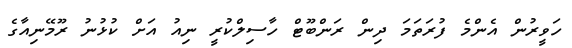
ހަވީރުން އެންމެ ފުރަތަމަ ދިން ރަންބޫޓް ހާސިލްކުރީ ނިއު އަށް ކުޅުނު ރޫމޭނިއާގެ